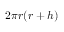
2 \pi r ( r + h )